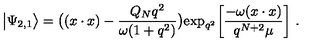
\big | \Psi _ { 2 , 1 } \big > = \big ( ( x \cdot x ) - { \frac { Q _ { N } q ^ { 2 } } { \omega ( 1 + q ^ { 2 } ) } } \big ) \mathrm { e x p } _ { q ^ { 2 } } \bigg [ { \frac { - \omega ( x \cdot x ) } { q ^ { N + 2 } \mu } } \bigg ] \ .